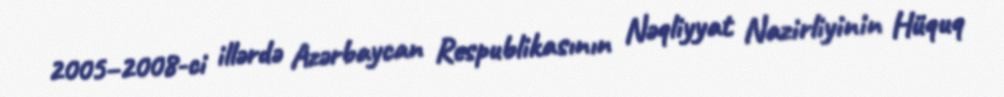
2005–2008-ci illərdə Azərbaycan Respublikasının Nəqliyyat Nazirliyinin Hüquq